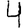
Digit: 4